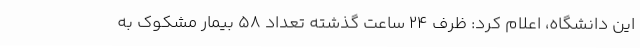
این دانشگاه، اعلام کرد: ظرف 24 ساعت گذشته تعداد 58 بیمار مشکوک به